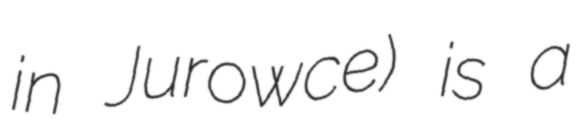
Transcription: in Jurowce) is a